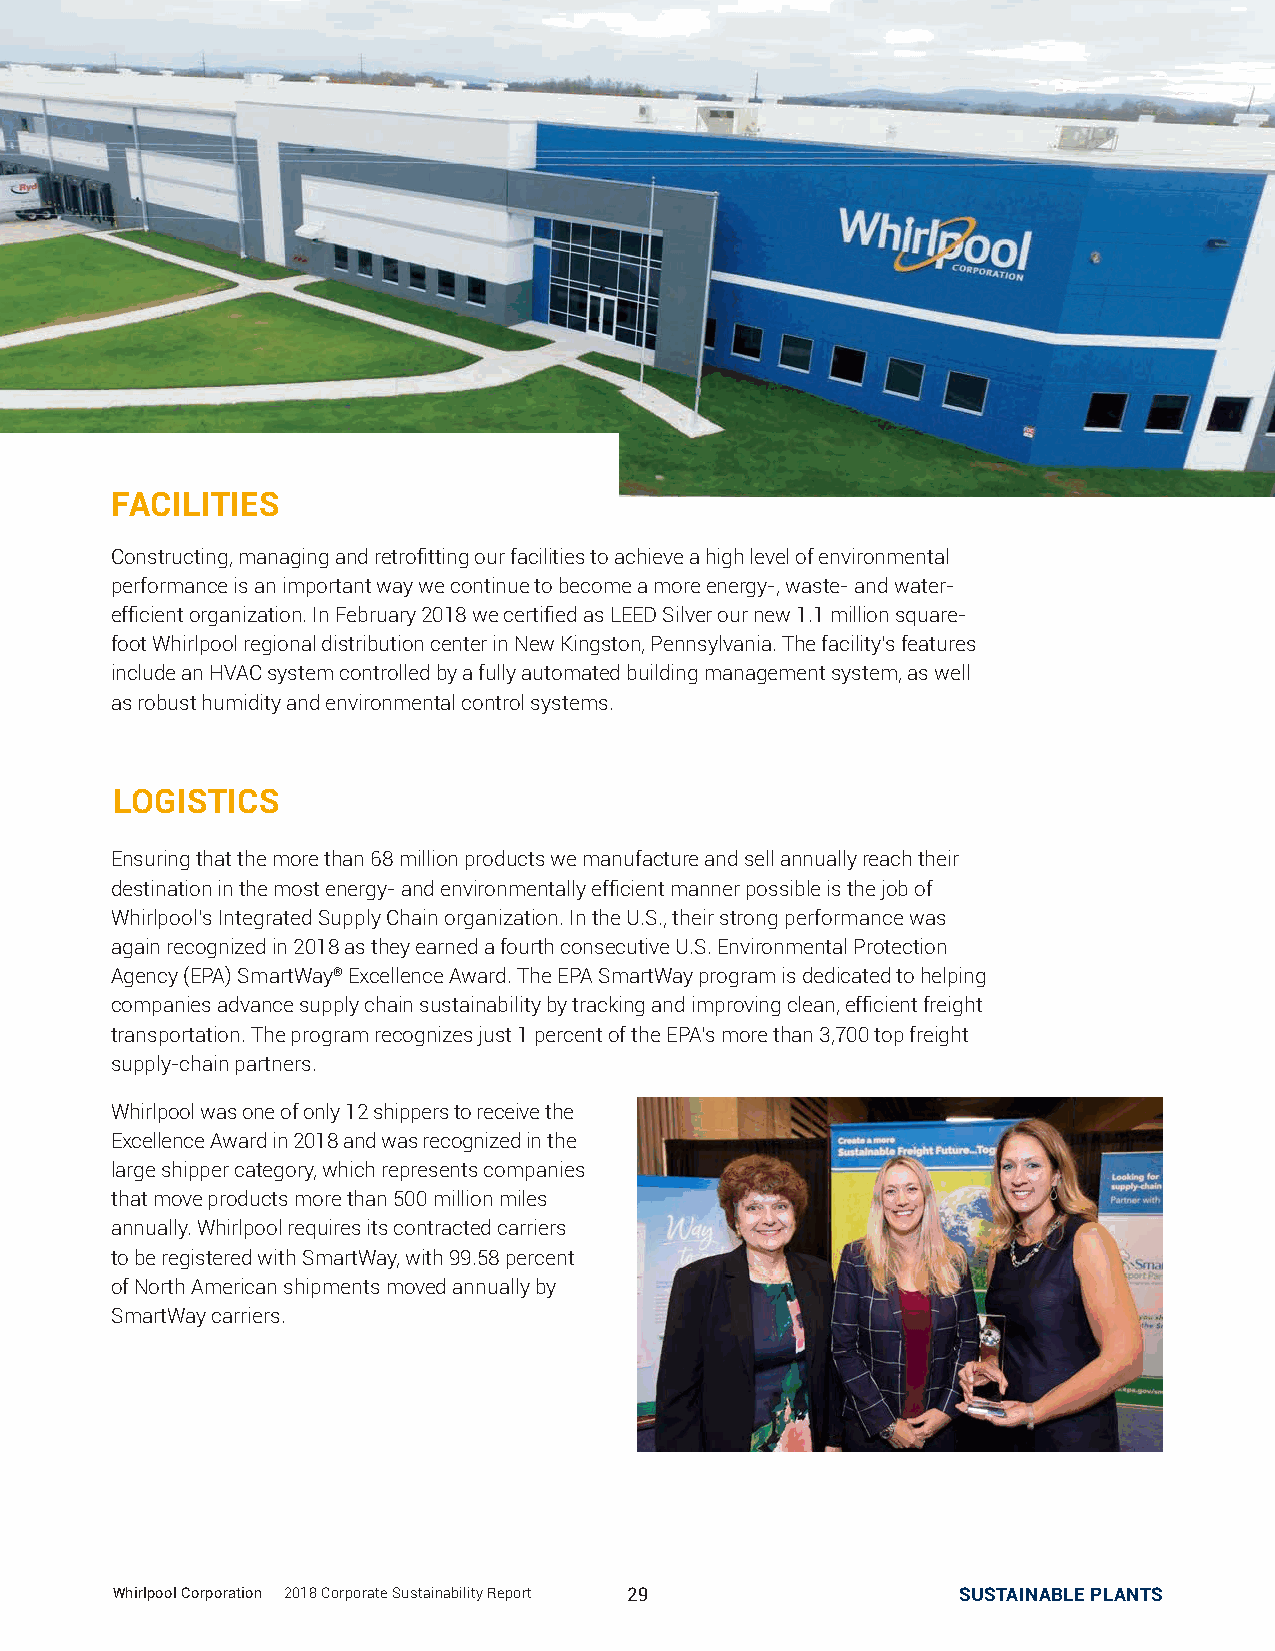
FACILITIES
 Constructing, managing and retrofitting our facilities to achieve a high level of environmental
 performance is an important way we continue to become a more energy-, waste- and water-
 efficient organization. In February 2018 we certified as LEED Silver our new 1.1 million square-
 foot Whirlpool regional distribution center in New Kingston, Pennsylvania. The facility’s features
 include an HVAC system controlled by a fully automated building management system, as well
 as robust humidity and environmental control systems.
 LOGISTICS
 Ensuring that the more than 68 million products we manufacture and sell annually reach their
 destination in the most energy- and environmentally efficient manner possible is the job of
 Whirlpool’s Integrated Supply Chain organization. In the U.S., their strong performance was
 again recognized in 2018 as they earned a fourth consecutive U.S. Environmental Protection
 Agency (EPA) SmartWay® Excellence Award. The EPA SmartWay program is dedicated to helping
 companies advance supply chain sustainability by tracking and improving clean, efficient freight
 transportation. The program recognizes just 1 percent of the EPA’s more than 3,700 top freight
 supply-chain partners.
 Whirlpool was one of only 12 shippers to receive the
 Excellence Award in 2018 and was recognized in the
 large shipper category, which represents companies
 that move products more than 500 million miles
 annually. Whirlpool requires its contracted carriers
 to be registered with SmartWay, with 99.58 percent
 of North American shipments moved annually by
 SmartWay carriers.
 Whirlpool Corporation | 2018 Corporate Sustainability Report 29 SUSTAINABLE PLANTS